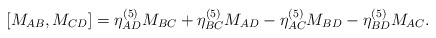
\begin{align*} [M_{AB},M_{CD}]=\eta^{(5)}_{AD}M_{BC}+\eta^{(5)}_{BC}M_{AD}-\eta^{(5)}_{AC}M_{BD}-\eta^{(5)}_{BD}M_{AC}.\end{align*}